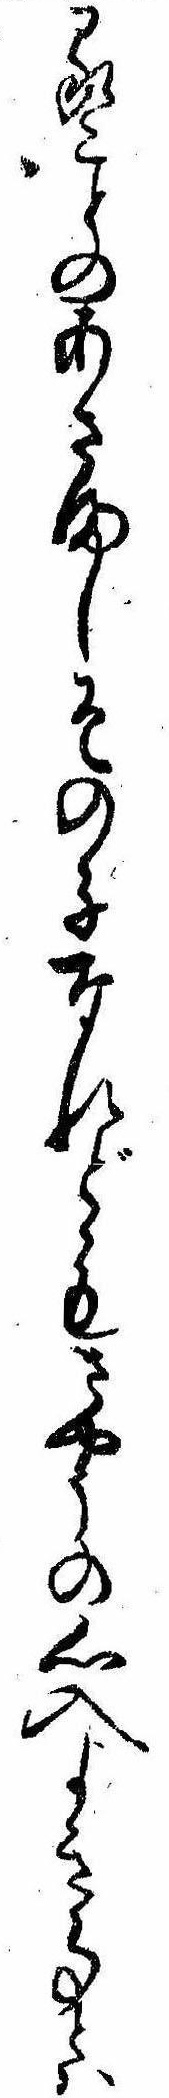
ることのあさましその子なれどもさやうの心入よき事とは